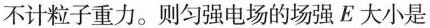
不计粒子重力。则匀强电场的场强E大小是